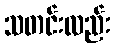
သတင်းလည်း